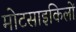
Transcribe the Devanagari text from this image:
मोटसाइकिलों